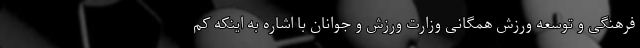
فرهنگی و توسعه ورزش همگانی وزارت ورزش و جوانان با اشاره به اینکه کم